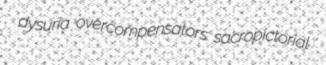
dysuria overcompensators sacropictorial